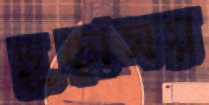
চূড়াময়